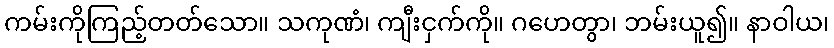
ကမ်းကိုကြည့်တတ်သော။ သကုဏံ၊ ကျီးငှက်ကို။ ဂဟေတွာ၊ ဘမ်းယူ၍။ နာဝါယ၊